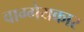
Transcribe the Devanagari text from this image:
वाग्गेयकार